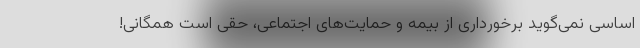
اساسی نمی‌گوید برخورداری از بیمه و حمایت‌های اجتماعی، حقی است همگانی!